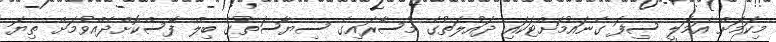
މިކަމަށް އަމަލީ ސިފަ ގެނައުމަށްޓަކައި ދައުލަތުގެ މުސާރައިގެ ސިޔާސަތުގެ ބިލް ފާސްކޮށްދެއްވުމަށް ތިޔަ